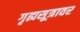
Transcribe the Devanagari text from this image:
गृह्यसूत्रावर